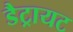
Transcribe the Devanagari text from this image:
डैट्रायट